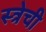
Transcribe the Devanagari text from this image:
स्त्रेची